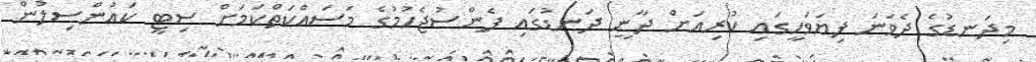
މިދަނޑުގެ ދެވަނަ ފިޔަވަހީގައި ކުރިއަށް ދާނީ ދަނޑުގައި ފެންސުޖެހުުމުގެ މަސައްކަތްކަމަށް ސިޓީ ކައުންސިލުން